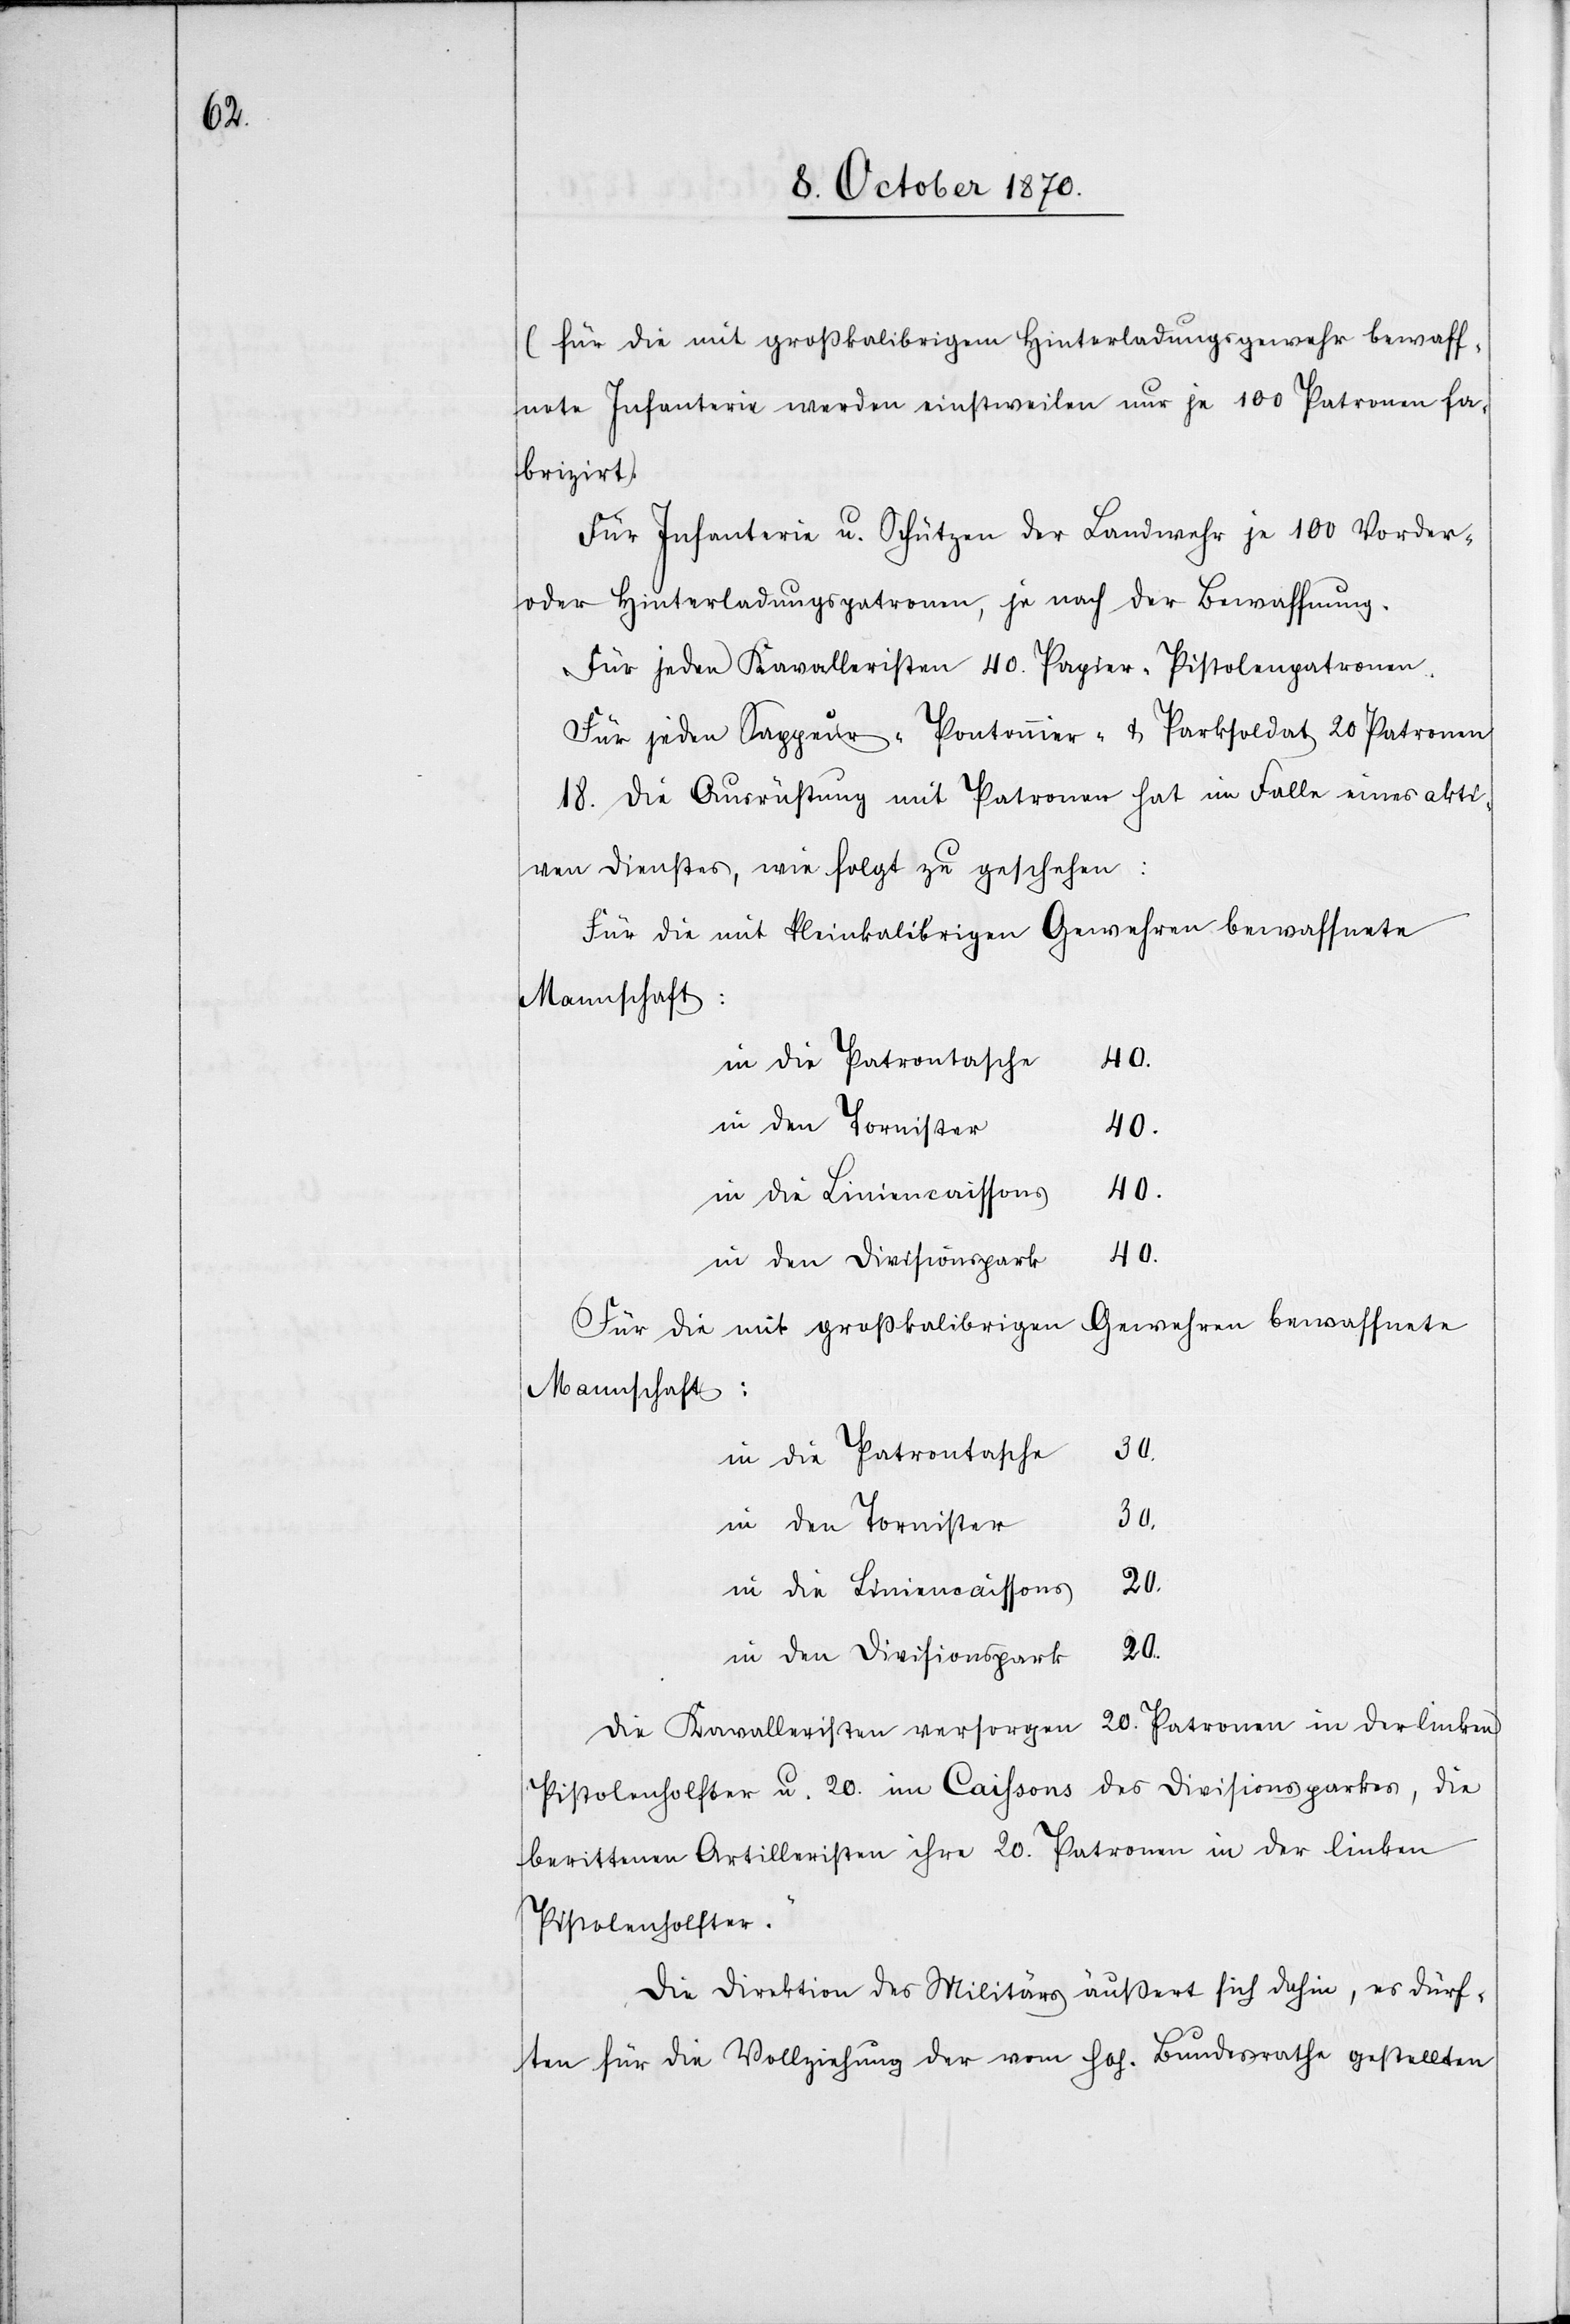
(für die mit großkalibrigem Hinterladungsgewehr bewaff¬
nete Infanterie werden einstweilen nur je 100 Patronen fa¬
brizirt).
Für Infanterie u. Schützen der Landwehr je 100 Vorder-
oder Hinterladungspatronen, je nach der Bewaffnung.
Für jeden Kavalleristen 40 Papier-Pistolenpatronen.
Für jeden Sappeur-[,] Pontonnier- & Parksoldat 20 Patronen.
18. Die Ausrüstung mit Patronen hat im Falle eines akti¬
ven Dienstes, wie folgt zu geschehen:
Für die mit kleinkalibrigen Gewehren bewaffnete
Mannschaft:
in die Patronentasche
40.
in die Liniencaissons
40.
in den Divisionspark
Für die mit großkalibrigen Gewehren bewaffnete
in die Patronentasche
30.
in den Tornister
30.
in die Liniencaissons
20.
in den Divisionspark
Die Kavalleristen versorgen 20. Patronen in der linken
Pistolenholster u. 20 im Caissons des Divisionsparkes, die
berittenen Artilleristen ihre 20. Patronen in der linken
Pistolenholster.
Die Direktion des Militärs äußert sich dahin, es dürf¬
ten für die Vollziehung der vom hoh. Bundesrathe gestellten